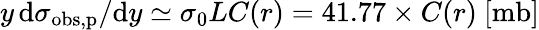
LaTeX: y\, \mathrm{d}\sigma_{\mathrm{obs,p}}/\mathrm{d}y\simeq\sigma_{0}LC(r)=41.77\times C(r)~[\mathrm{mb]}